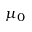
\mu _ { 0 }